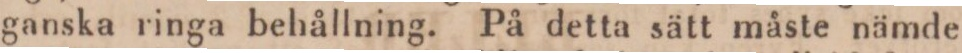
ganska ringa behållning. På detta sätt måste nämde